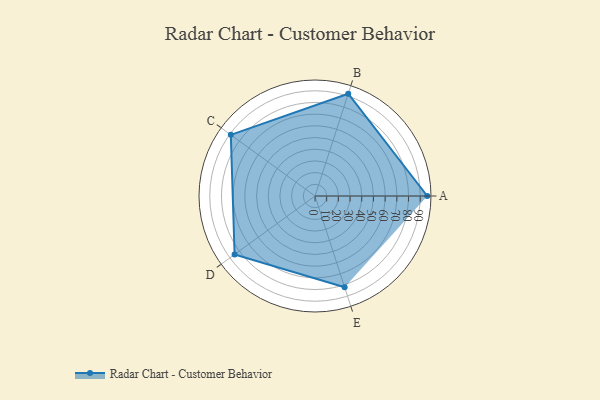
{"axis": {"x": "Skill", "y": "Score"}, "legend": ["Profile"], "data": [{"x": "A", "y": 96.0, "type": "Profile"}, {"x": "B", "y": 92.0, "type": "Profile"}, {"x": "C", "y": 89.0, "type": "Profile"}, {"x": "D", "y": 85.0, "type": "Profile"}, {"x": "E", "y": 82.0, "type": "Profile"}]}